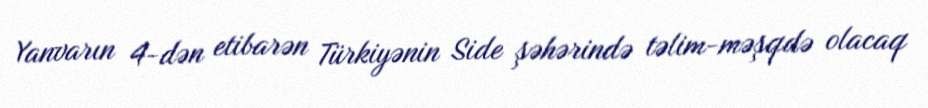
Yanvarın 4-dən etibarən Türkiyənin Side şəhərində təlim-məşqdə olacaq